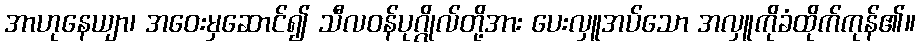
အာဟုနေယျာ၊ အဝေးမှဆောင်၍ သီလဝန်ပုဂ္ဂိုလ်တို့အား ပေးလှူအပ်သော အလှူကိုခံထိုက်ကုန်၏။